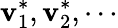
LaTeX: \mathbf{v}_{1}^{*},\mathbf{v}_{2}^{*},\cdots